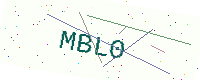
Text: MBL0